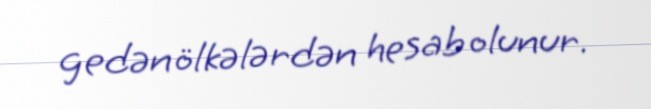
gedən ölkələrdən hesab olunur.